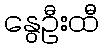
နွေဦးထီ